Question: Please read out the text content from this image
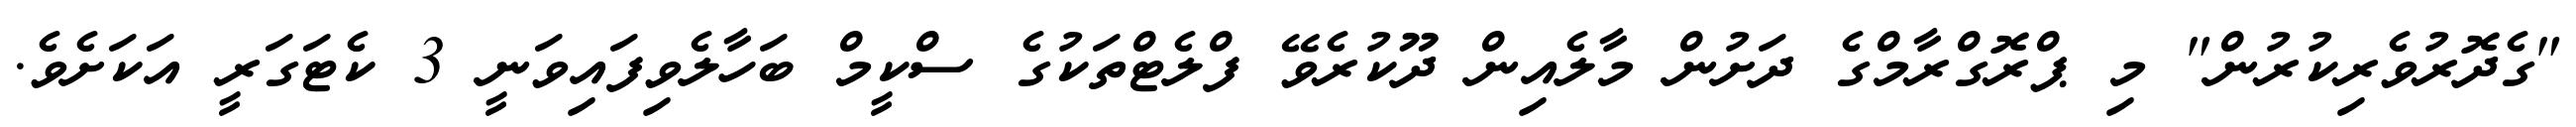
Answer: "ގެދޮރުވެރިކުރުން" މި ޕްރޮގްރާމްގެ ދަށުން މާލެއިން ދޫކުރެވޭ ފްލެޓްތަކުގެ ސްކީމް ބަހާލެވިފައިވަނީ 3 ކެޓަގަރީ އަކަށެވެ.